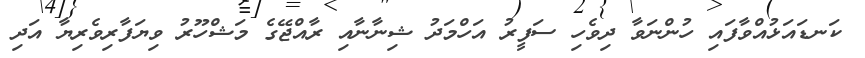
ކަނޑައަޅުއްވާފައި ހުންނަވާ ދިވެހި ސަފީރު އަހްމަދު ޝިނާނާއި ރާއްޖޭގެ މަޝްހޫރު ވިޔަފާރިވެރިޔާ އަދި